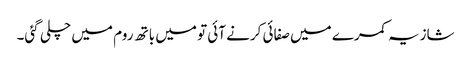
شازیہ کمرے میں صفائی کرنے آئی تو میں باتھ روم میں چلی گئی۔